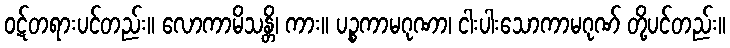
ဝဋ်တရားပင်တည်း။ လောကာမိသန္တိ၊ ကား။ ပဉ္စကာမဂုဏာ၊ ငါးပါးသောကာမဂုဏ် တို့ပင်တည်း။